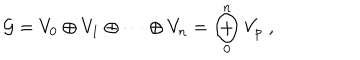
{ \mathcal G } = V _ { 0 } \oplus V _ { 1 } \oplus \cdots \oplus V _ { n } = \bigoplus _ { 0 } ^ { n } V _ { p } \; ,